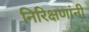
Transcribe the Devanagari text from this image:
निरिक्षणांनी